Medical and sanitary report on the native army of Bombay for the year
Year: 1879
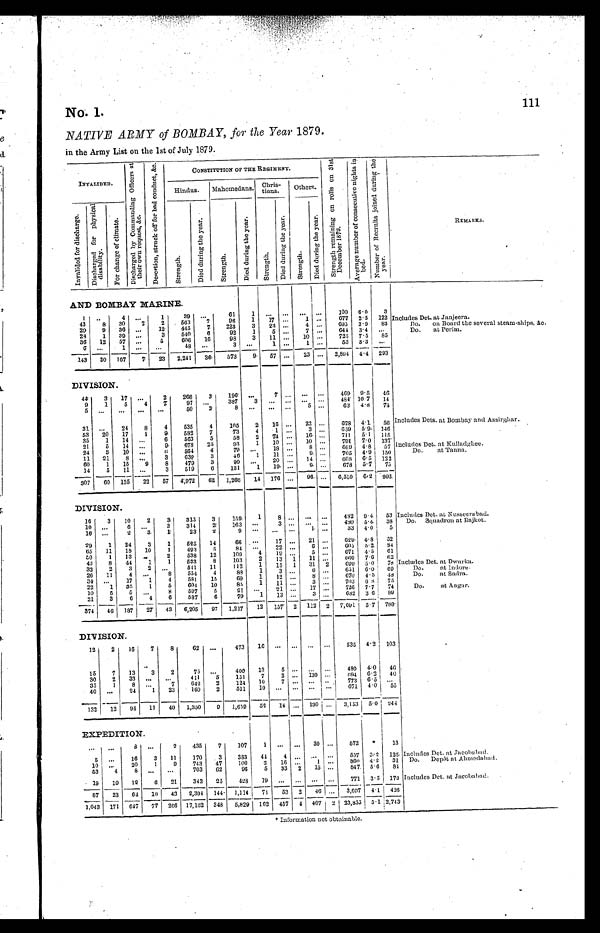
No. 1.
111
NATIVE ARMY of BOMBAY, for the Year 1879.
in the Army List on the 1st of July 1879.
INVALIDED.
D i s c h a r g e d b y C o m m a n d i n g O f f i c e r s a t
t h e i r o w n r e q u e s t , & c .
D e s e r t i o n , s t r u c k o f f f o r b a d c o n d u c t , & c .
CONSTITUTION OF THE REGIMENT.
S t r e n g t h r e m a i n i n g o n r o l l s o n 3 1 s t D e c e m b e r 1 8 7 9 . A v e r a g e n u m b e r o f c o n s e c u t i v e n i g h t s i n
bed.
N u m b e r o f R e c r u i t s j o i n e d d u r i n g t h e
y e a r .
REMARKS.
Hindus. Mahomedans. Chris-
tians. Others.
I n v a l i d e d f o r d i s c h a r g e . D i s c h a r g e d f o r p h y s i c a l
d i s a b i l i t y .
F o r c h a n g e o f c l i m a t e .
S t r e n g t h .
D i e d d u r i n g t h e y e a r .
S t r e n g t h .
D i e d d u r i n g t h e y e a r .
S t r e n g t h .
D i e d d u r i n g t h e y e a r .
S t r e n g t h .
D i e d d u r i n g t h e y e a r .
AND BOMBAY MARINE.
1 ..
4 . . .
1
39 ...
61
1
. . .
. . . . . .
. . .
1 0 0
6 . 0 3
43
8 30
7
2
563
7
96
1 17 ...
1 ...
677 2.5 122 Includes Det. at Janjeera.
29 9 36 ...
12
445
7 223
3 23 ...
4 . . . 695 3.9 83
Do. on Board the several steam-ships, &c.
28 1 39 ...
3
540
6
92
1
5 ...
7 . . . 644 3.4 . . .
Do. at Perim.
36 12 57 ...
5
606 16
98
3 11 ... 10 ...
725 7.5 85
6
. . .
1
. . .
. . .
48 ...
3
. . . 1
. . . 1 . . .
53 3.3
. . .
143 30 167
7 23 2,241 36 573
9 57 ... 23 ... 2,894 4.4 293
DIVISION.
44 3 17 ...
2
266
3
196 ...
7 . . .
. . . . . . 469 9.5 46
9
1
5
4
7
97 ...
387
3 ...
. . . ... ...
484 10.7 14
5 . . .
. . .
. . . . . .
50
2
8
. . .
. . . . . . 5 . . .
63 4.8 74
31 ...
24
8
4
535
4
105
2 16 ... 22 ... 678 4.1 56 Includes Dets. at Bombay and Assirghar.
53 20 17
1
9
582
7
73
4
1 ...
3 . . . 659 5.9 146
35
1 14 ...
6
563
5
58
2 74 ... 16 ...
711 5.1 115
21
5 14
. . . 9
678 25
93
1 10 ... 10 . . . 791 7.0 137
24
3 10 ...
6 564
4
79 ...
18 ...
8 . . . 669 4.8 57 Includes Det. at Kulladghee.
11 21
8 ...
3
639
3
46
1 11 ...
9 . . . 705 4.9 150
Do. at Tanna.
60
1 15
9
8
479
3
90 ...
20 ... 14 ...
603 6.5 122
14
5 11 ...
3
519
6
131
1 19 ...
9 . . . 678 5.7 75
307 60 135 22 57 4,972 62 1 , 2 6 6
14 176 ... 96 . . . 6,510 6.2
9 9 2
DIVISION.
16
3 10
2
3 315
3
159
1
8 . . .
. . . . . . 482 9.4 53 Includes Det. at Nusseera bad.
10 ...
6
. . . 3
314
2
163
. . .
3 . . .
. . . . . . 480 5.4 38 Do. Squadron at Rajkot.
16 ...
2
3
1
23
2
9
. . .
. . . . . .
1 . . .
3 3 4.0
5
29
1 24
3
1
525 14
66
. . . 17 ... 21 ...
629 4.8 52
65 11 18 10
1
493
5
84
. . . 22 ...
6 ...
605 5.2 84
50
1 13 ...
2
538 12
109
4 19 . . . 5 ...
671 4.5 61
43
8 44
1
1
533
8
103
2 13 1 11 ...
660 7.6 62
32
2
3
2
. . . 541 11
112
1 15 1 31 2
699 5.0 78 Includes Det. at Dwarka.
26 11
4
. . . 8
554
4
88
1
3 . . . 6 . . . 651 6.0 69
D o . a t I n d o r e .
34 ...
17
1
4
581 15
6 9 1 12 ...
8 . . . 670 4.5 48
Do. at Sadra.
22
1 35
1
5 604 10
85
1
1 1 ...
3 . . .
703 6.8 75
10
5
5
. . .
8
597
5
91
. . . 21 ... 17 ...
726 7.7 74
Do. at Angar.
21
3
6
4
6
587
6
79
1 13 ...
3 . . . 682 3.6 89
374 46 187 27 43 6,205 97 1,217 12 157 2 112 2 7,691 5.7 788
DIVISION.
12
2 16
7
8
62 ...
473 16
. . . ... ... ... 535 4.2 103
15
7 13
3
2
75 ...
400 13
5 . . .
. . . . . . 480 4.0 46
30
2 33 ... ...
411
5
151
7
2 ... 130 ...
694 6.2 40
35
1
8
. . .
7
642 2
124 10
7 . . .
. . . . . 773 6.5 ...
40 ...
24
1 23
160
2
511 10 ... ... ...
. . .
671 4.0 55
132 12 94 11 40 1,350
9 1,659 56 14 ... 130 ... 3,153 5.0 244
EXPEDITION.
. . .
. . .
8 ...
2
435
7 107
1
. . .
. . . 30 . . .
572
* 13
5
. . . 16
3 11 170 3
383 44 4
. . .
. . . . . .
557 3.2 125 Includes Det. at Jacobabad.
10 . . .
20
1 9
743 47
100
2 16 ...
1 ...
860 4.2 31 Do. De pôt a t Ahme da ba d.
53
4
8
. . . . . .
703 62
96
5 33 2
1 5 . . .
847 5.6 84
19 19 12
6 21
343 25
4 2 8
1 9
. . . . . . . . .
. . .
771 3.5 173 Includes Det. at Jacobabad.
87 23 64 10 43 2,394 144 1,114 71 53 2 4 6
. . . 3,607 4.1 426
1,043 171 647 77 206 17,162 348 5,829 162 457 4 407 2 23,855 5.1 2,743
* Information not obtainable.